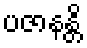
ပဇာနန္တိ